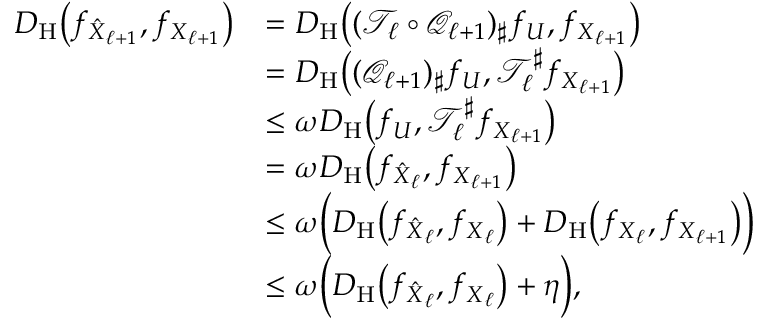
\begin{array} { r l } { D _ { \mathrm { H } } \big ( f _ { \smash { \hat { \boldsymbol X } _ { \ell + 1 } } } , f _ { { \boldsymbol X } _ { \ell + 1 } } \big ) } & { = D _ { \mathrm { H } } \big ( ( \mathcal { T } _ { \ell } \circ \mathcal { Q } _ { \ell + 1 } ) _ { \sharp } f _ { \boldsymbol U } , f _ { { \boldsymbol X } _ { \ell + 1 } } \big ) } \\ & { = D _ { \mathrm { H } } \big ( ( \mathcal { Q } _ { \ell + 1 } ) _ { \sharp } f _ { \boldsymbol U } , \mathcal { T } _ { \ell } ^ { \sharp } f _ { { \boldsymbol X } _ { \ell + 1 } } \big ) } \\ & { \leq \omega D _ { \mathrm { H } } \big ( f _ { \boldsymbol U } , \mathcal { T } _ { \ell } ^ { \sharp } f _ { { \boldsymbol X } _ { \ell + 1 } } \big ) } \\ & { = \omega D _ { \mathrm { H } } \big ( f _ { \smash { \hat { \boldsymbol X } _ { \ell } } } , f _ { { \boldsymbol X } _ { \ell + 1 } } \big ) } \\ & { \leq \omega \Big ( D _ { \mathrm { H } } \big ( f _ { \smash { \hat { \boldsymbol X } _ { \ell } } } , f _ { { \boldsymbol X } _ { \ell } } \big ) + D _ { \mathrm { H } } \big ( f _ { \smash { { \boldsymbol X } _ { \ell } } } , f _ { { \boldsymbol X } _ { \ell + 1 } } \big ) \Big ) } \\ & { \leq \omega \Big ( D _ { \mathrm { H } } \big ( f _ { \smash { \hat { \boldsymbol X } _ { \ell } } } , f _ { { \boldsymbol X } _ { \ell } } \big ) + \eta \Big ) , } \end{array}